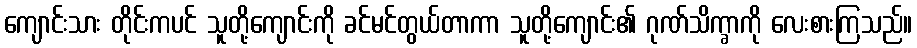
ကျောင်းသား တိုင်းကပင် သူတို့ကျောင်းကို ခင်မင်တွယ်တာကာ သူတို့ကျောင်း၏ ဂုဏ်သိက္ခာကို လေးစားကြသည်။